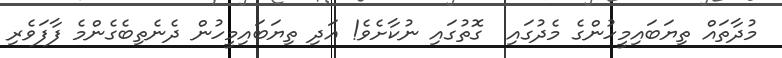
މުދާތައް ތިޔަބައިމީހުންގެ މެދުގައި  ގޮތުގައި ނުކާށެވެ! އަދި ތިޔަބައިމީހުން ދެނެތިބެގެންމެ ފާފަވެރި